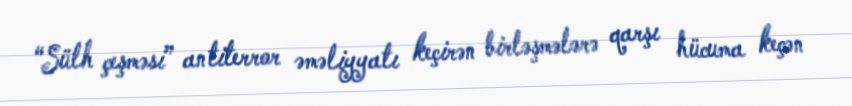
“Sülh çeşməsi” antiterror əməliyyatı keçirən birləşmələrə qarşı hücuma keçən